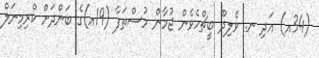
(34އ) އަދި ނ. ވެލިދޫ ބީޗްހެވެން ޖުމާން މުސްތަފާ (19އ)ގެ ބަންދަށް ކްރިމިނަލް